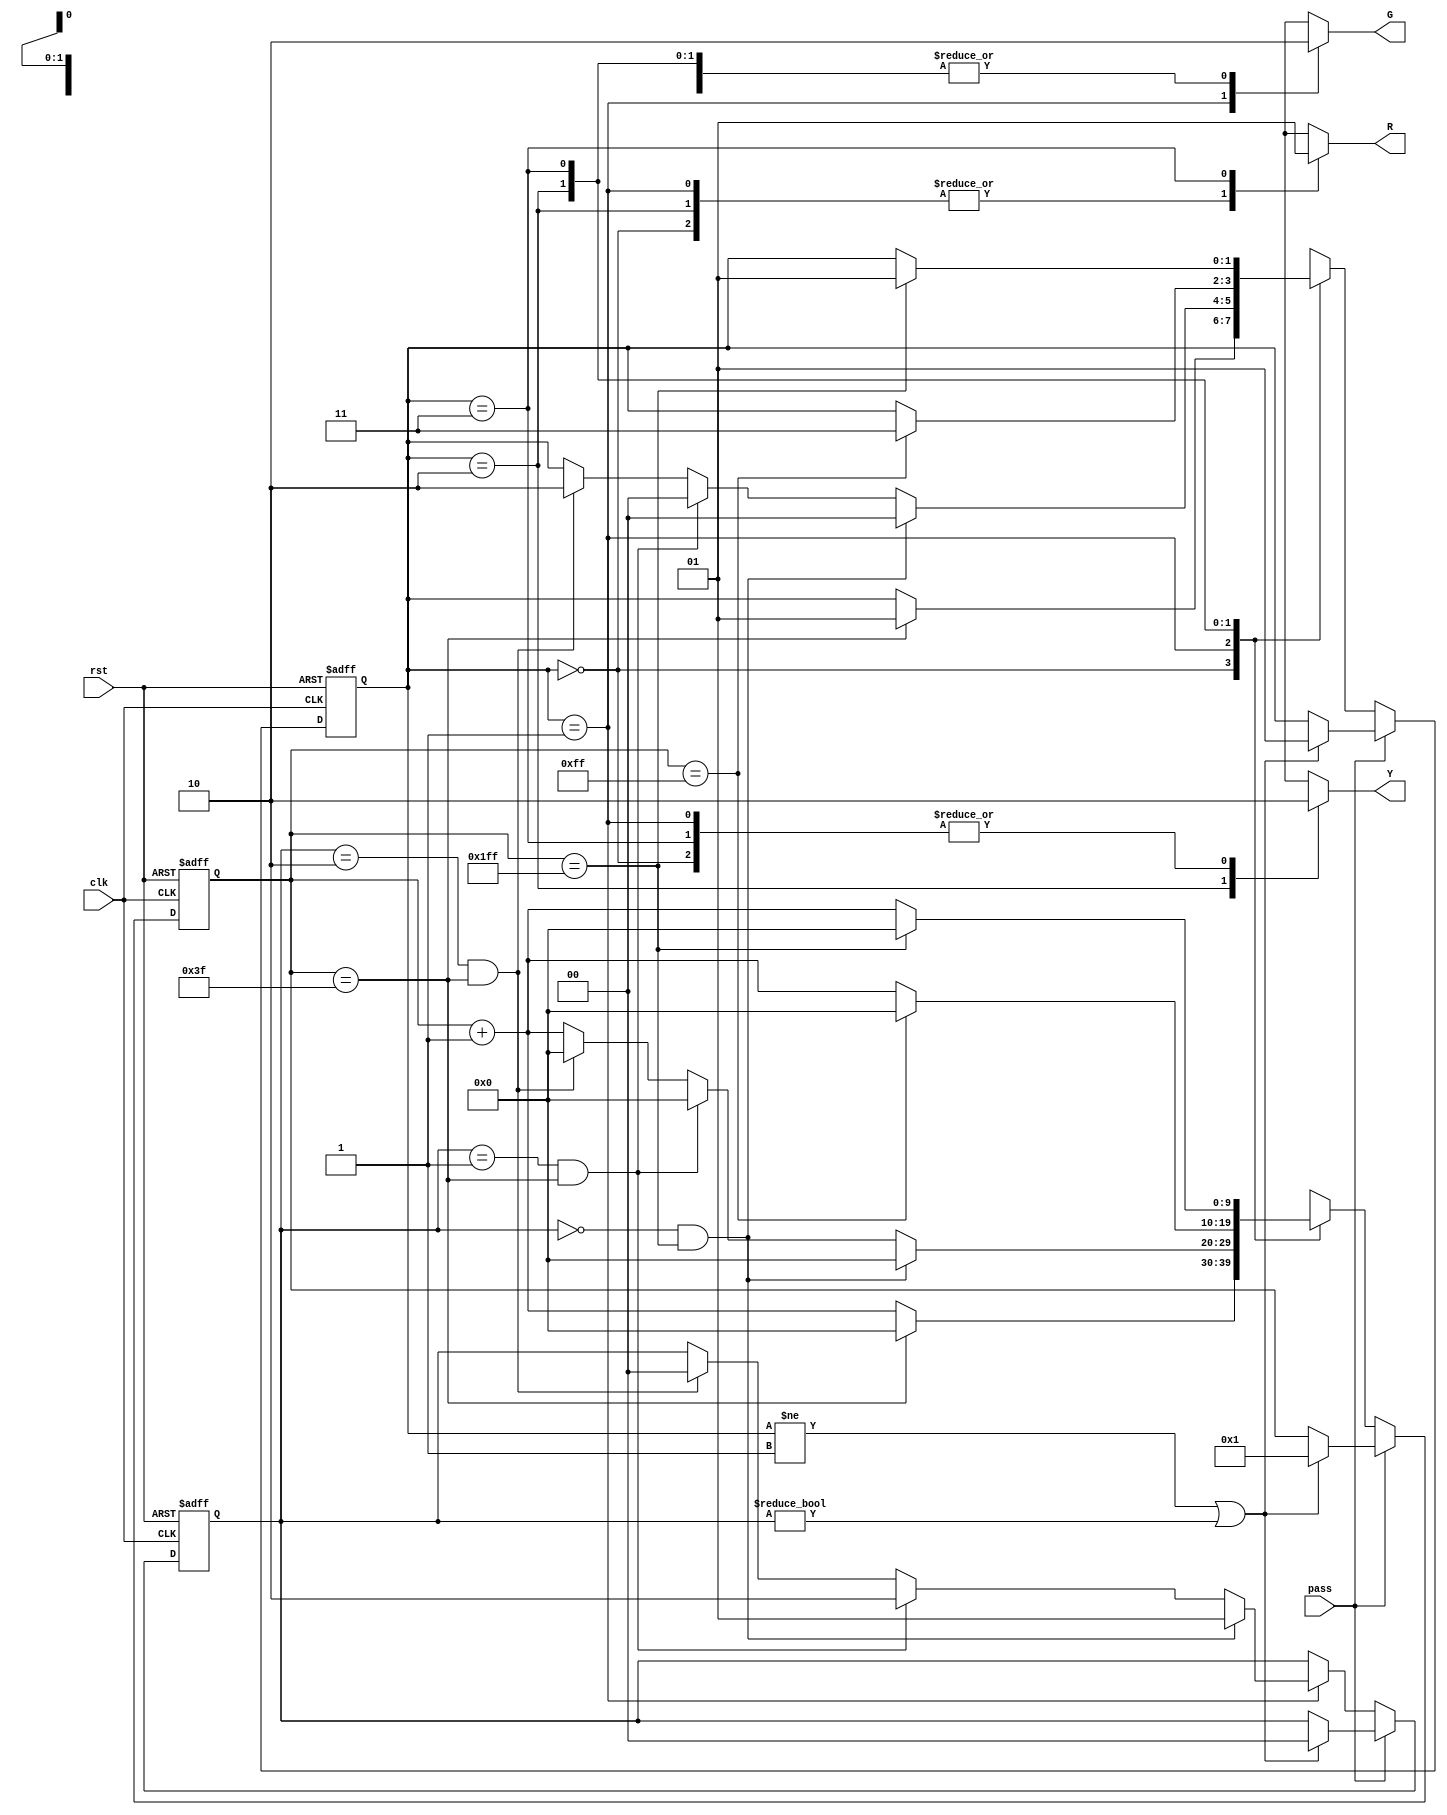
module traffic_light (
    input  clk,
    input  rst,
    input  pass,
    output reg R,
    output reg G,
    output reg Y
);


reg[1:0] state = 1;
reg[9:0] timer = 0;
reg[1:0] counter = 0;
//write your code here
always@(state)
begin
    case(state)
        2'd0:
        begin
            R = 0; G = 0; Y = 0;
        end
        2'd1:
        begin
            R = 0; G = 1; Y = 0;
        end
        2'd2:
        begin
            R = 0; G = 0; Y = 1;
        end
        2'd3:
        begin
            R = 1; G = 0; Y = 0;
        end
    endcase
end

always@(posedge clk, posedge rst)
begin
    if(rst)
    begin
        state <= 1;
        counter <= 0;
        timer <= 0;
    end
    else
    begin
        if(pass)
        begin
            if(state != 1 || counter != 0)
            begin
                state <= 1;
                counter <= 0;
                timer <= 1;
            end
        end
        else
        begin
            case(state)
            2'd0:
            begin
                if(timer == 8'd63)
                begin
                    state = 1;
                    timer <= 0;
                end
                else
                    timer <= timer + 1;
            end
            2'd1:
            begin
                if(counter == 2'd0 && timer == 10'd511)
                begin
                    state = 0;
                    timer <= 0;
                    counter <= 1;
                end
                else if(counter == 2'd1 && timer == 10'd63)
                begin
                    state = 0;
                    timer <= 0;
                    counter <= 2;
                end
                else if(counter == 2'd2 && timer == 10'd63)
                begin
                    state <= 2;
                    timer <= 0;
                    counter <= 0;
                end
                else
                    timer <= timer + 1;
            end
            2'd2:
            begin
                if(timer == 10'd255)
                begin
                    state = 3;
                    timer <= 0;
                end
                else
                    timer <= timer + 1;
            end
            2'd3:
            begin
                if(timer == 10'd511)
                begin
                    state = 1;
                    timer <= 0;
                end
                else
                    timer <= timer + 1;
            end
        endcase
        end
        //
    end
end
endmodule